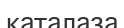
каталаза